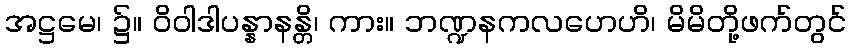
အဋ္ဌမေ၊ ၌။ ဝိဝါဒါပန္နာနန္တိ၊ ကား။ ဘဏ္ဍနကလဟေဟိ၊ မိမိတို့ဖက်တွင်